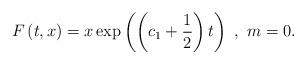
LaTeX: \begin{align*}F\left( t,x\right) =x\exp \left( \left( c_{1}+\frac{1}{2}\right) t\right)~,~m=0.\end{align*}